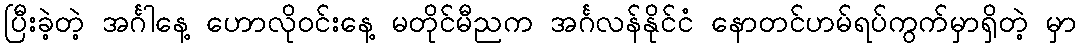
ပြီးခဲ့တဲ့ အင်္ဂါနေ့ ဟောလိုဝင်းနေ့ မတိုင်မီညက အင်္ဂလန်နိုင်ငံ နောတင်ဟမ်ရပ်ကွက်မှာရှိတဲ့ မှာ